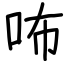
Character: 咘